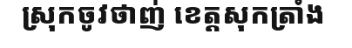
ស្រុកចូវថាញ់ ខេត្តសុកត្រាំង